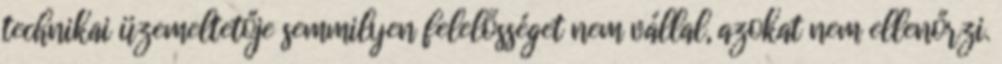
technikai üzemeltetője semmilyen felelősséget nem vállal, azokat nem ellenőrzi.